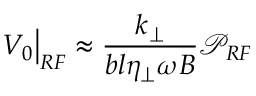
\left. V _ { 0 } \right| _ { R F } \approx \frac { k _ { \perp } } { b l \eta _ { \perp } \omega B } \mathcal { P } _ { R F }